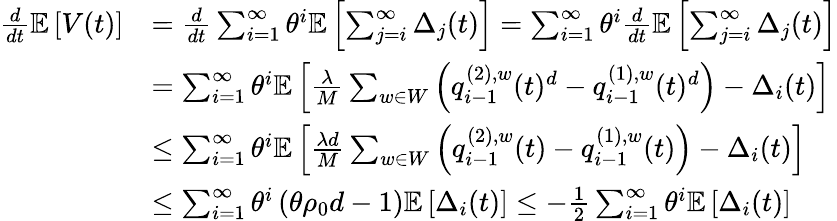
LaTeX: \begin{array}{rl}{\frac{d}{dt}\mathbb{E}\left[V(t)\right]}&{=\frac{d}{dt}\sum_{i=1}^{\infty}\theta^{i}\mathbb{E}\left[\sum_{j=i}^{\infty}\Delta_{j}(t)\right]=\sum_{i=1}^{\infty}\theta^{i}\frac{d}{dt}\mathbb{E}\left[\sum_{j=i}^{\infty}\Delta_{j}(t)\right]}\\ &{=\sum_{i=1}^{\infty}\theta^{i}\mathbb{E}\left[\frac{\lambda}{M}\sum_{w\in W}\left(q_{i-1}^{(2),w}(t)^{d}-q_{i-1}^{(1),w}(t)^{d}\right)-\Delta_{i}(t)\right]}\\ &{\leq\sum_{i=1}^{\infty}\theta^{i}\mathbb{E}\left[\frac{\lambda d}{M}\sum_{w\in W}\left(q_{i-1}^{(2),w}(t)-q_{i-1}^{(1),w}(t)\right)-\Delta_{i}(t)\right]}\\ &{\leq\sum_{i=1}^{\infty}\theta^{i}\left(\theta\rho_{0}d-1\right)\mathbb{E}\left[\Delta_{i}(t)\right]\leq-\frac{1}{2}\sum_{i=1}^{\infty}\theta^{i}\mathbb{E}\left[\Delta_{i}(t)\right]}\end{array}